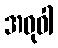
အဓုဝါ